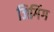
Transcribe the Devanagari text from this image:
जिगिंग